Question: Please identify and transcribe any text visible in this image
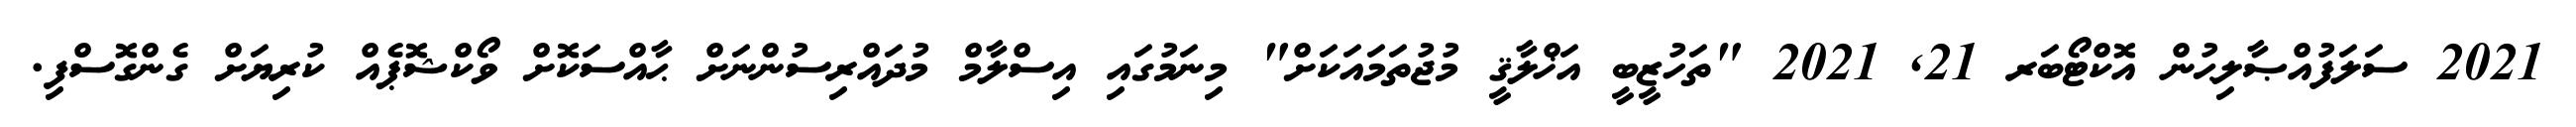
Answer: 2021 ސަލަފުއްޞާލިޙުން އޮކްޓޯބަރ 21, 2021 "ތަހުޒީބީ އަޚްލާޤީ މުޖުތަމައަކަށް" މިނަމުގައި އިސްލާމް މުދައްރިސުންނަށް ޙާއްސަކޮށް ވޯކްޝޮޕެއް ކުރިޔަށް ގެންގޮސްފި.